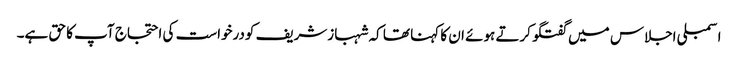
اسمبلی اجلاس میں گفتگو کرتے ہوئے ان کا کہنا تھا کہ شہبازشریف کودرخواست کی احتجاج آپ کا حق ہے۔